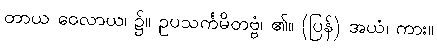
တာယ ဝေလာယ၊ ၌။ ဥပသင်္ကမိတဗ္ဗံ၊ ၏။ (ပြန်) အယံ၊ ကား။